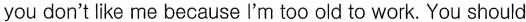
you don't like me because I'm too old to work. You should